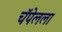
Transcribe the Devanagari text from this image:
चॅपेलला